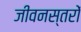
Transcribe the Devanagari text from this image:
जीवनस्तरों